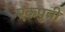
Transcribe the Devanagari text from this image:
एकपुत्री